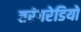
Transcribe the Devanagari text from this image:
तरंगरेडियो